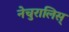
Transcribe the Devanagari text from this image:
नेचुरालिस्